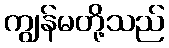
ကျွန်မတို့သည်